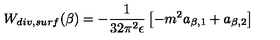
W _ { d i v , s u r f } ( \beta ) = - { \frac { 1 } { 3 2 \pi ^ { 2 } \epsilon } } \left[ - m ^ { 2 } a _ { \beta , 1 } + a _ { \beta , 2 } \right]